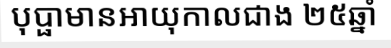
បុប្ផាមានអាយុកាលជាង ២៥ឆ្នាំ